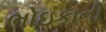
ભોઇકાની